Madras plague regulations and rules - Volume 2
Disease focus: Plague
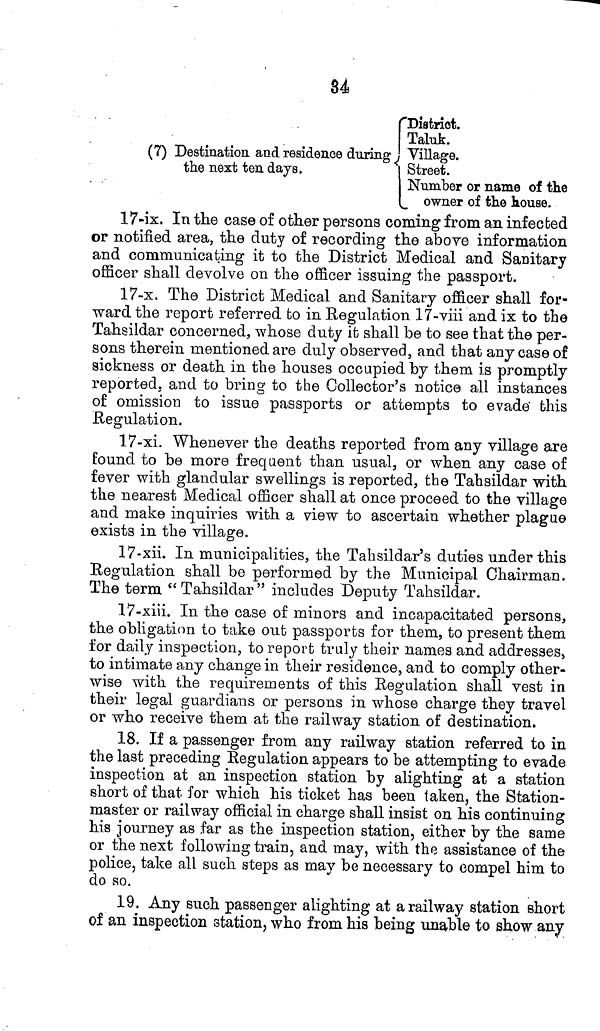
34
District.
Taluk.
(7) Destination and residence during Village.
the next ten days.
Street.
Number or name of the
owner
of the house.
17-ix. In the case of other persons coming from an infected
or notified area, the duty of recording the above information
and communicating it to the District Medical and Sanitary
officer shall devolve on the officer issuing the passport.
17-x. The District Medical and Sanitary officer shall for-
ward the report referred to in Regulation 17-viii and ix to the
Tahsildar concerned, whose duty it shall be to see that the per-
sons therein mentioned are duly observed, and that any case of
sickness or death in the houses occupied by them is promptly
reported, and to bring to the Collector's notice all instances
of omission to issue passports or attempts to evade this
Regulation.
17-xi. Whenever the deaths reported from any village are
found to be more frequent than usual, or when any case of
fever with glandular swellings is reported, the Tahsildar with
the nearest Medical officer shall at once proceed to the village
and make inquiries with a view to ascertain whether plague
exists in the village.
17-xii. In municipalities, the Tahsildar's duties under this
Regulation shall be performed by the Municipal Chairman.
The term "Tahsildar" includes Deputy Tahsildar.
17-xiii. In the case of minors and incapacitated persons,
the obligation to take out passports for them, to present them
for daily inspection, to report truly their names and addresses,
to intimate any change in their residence, and to comply other-
wise with the requirements of this Regulation shall vest in
their legal guardians or persons in whose charge they travel
or who receive them at the railway station of destination.
18. If a passenger from any railway station referred to in
the last preceding Regulation appears to be attempting to evade
inspection at an inspection station by alighting at a station
short of that for which his ticket has been taken, the Station-
master or railway official in charge shall insist on his continuing
his journey as far as the inspection station, either by the same
or the next following train, and may, with the assistance of the
police, take all such steps as may be necessary to compel him to
do so.
19. Any such passenger alighting at a railway station short
of an inspection station, who from his being unable to show any